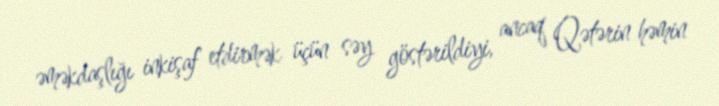
əməkdaşlığı inkişaf etdirmək üçün səy göstərildiyi, ancaq Qətərin həmin